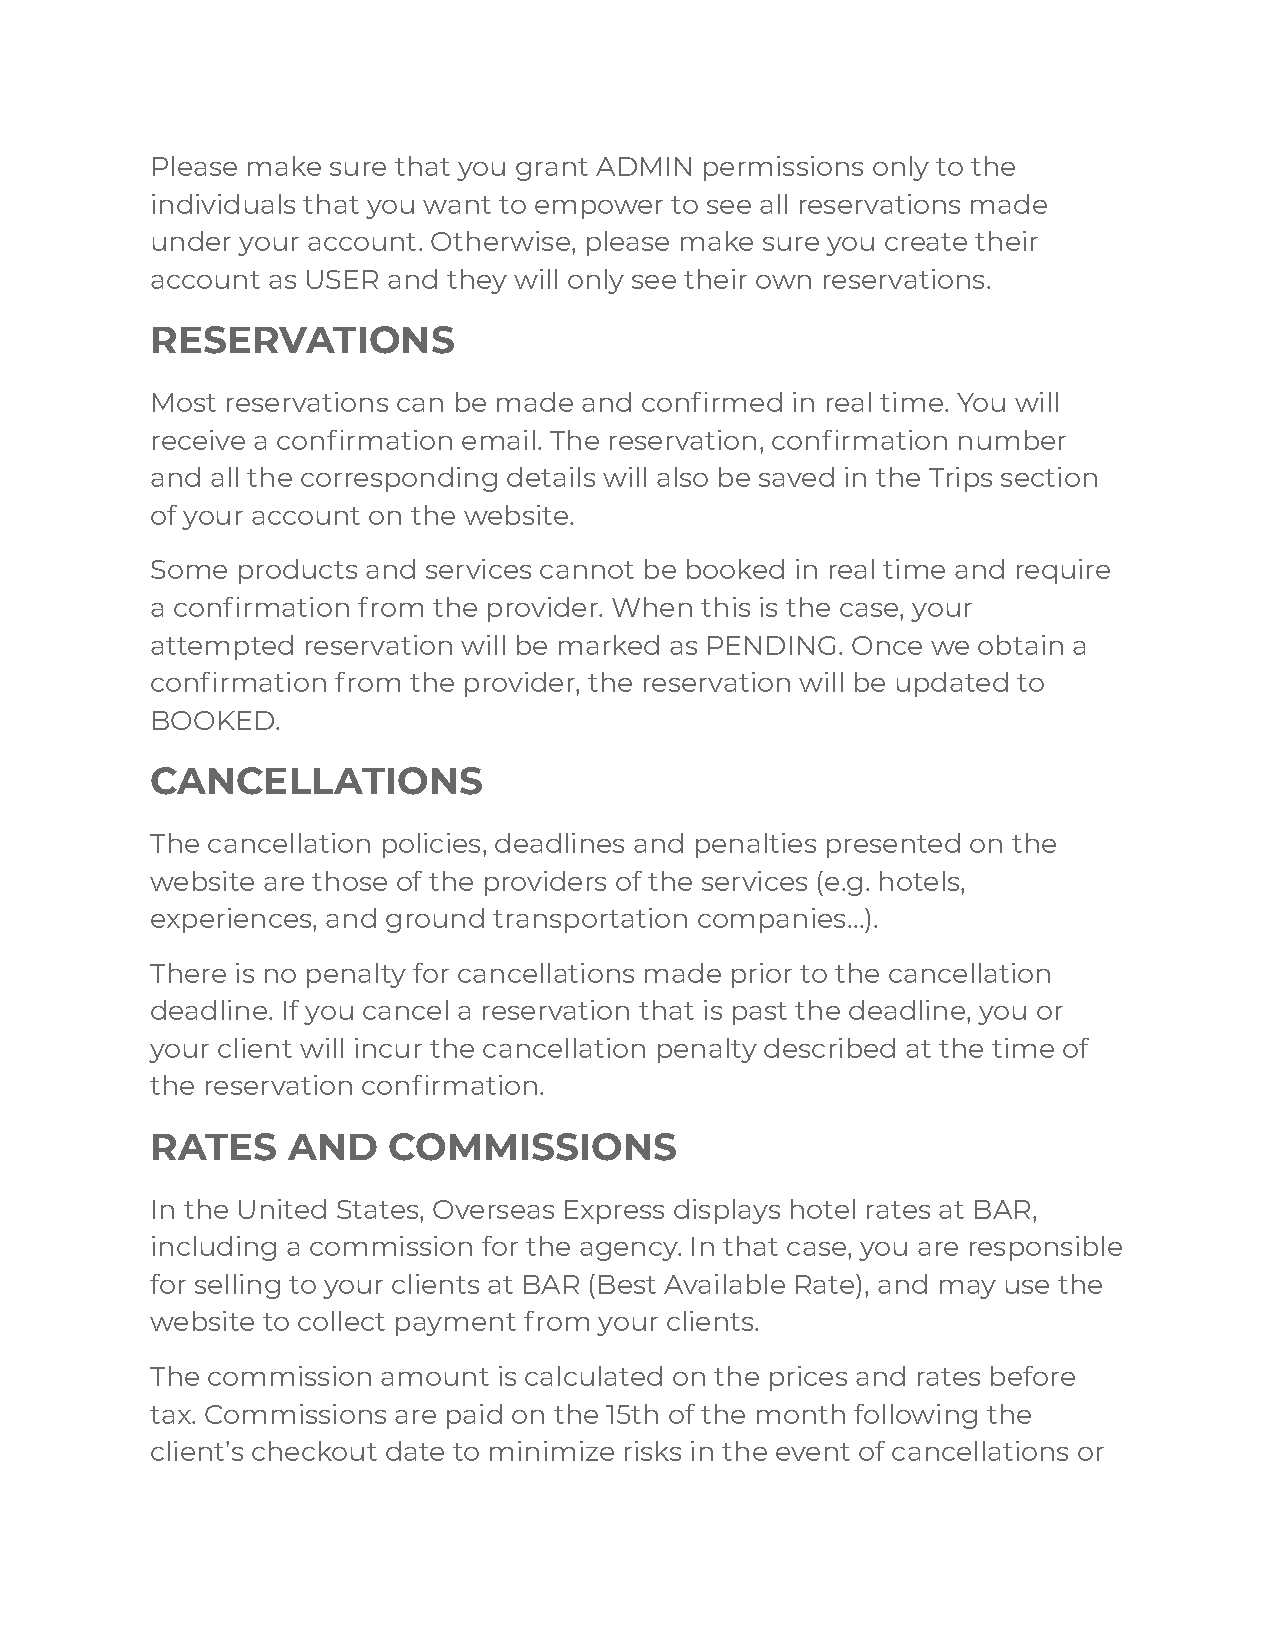
Please make sure that you grant ADMIN permissions only to the
 individuals that you want to empower to see all reservations made
 under your account. Otherwise, please make sure you create their
 account as USER and they will only see their own reservations.
 RESERVATIONS
 Most reservations can be made and confirmed in real time. You will
 receive a confirmation email. The reservation, confirmation number
 and all the corresponding details will also be saved in the Trips section
 of your account on the website.
 Some  products and services cannot be booked in real time and require
 a confirmation from the provider. When this is the case, your
 attempted reservation will be marked as PENDING. Once we obtain a
 confirmation from the provider, the reservation will be updated to
 BOOKED.
 CANCELLATIONS
 The cancellation policies, deadlines and penalties presented on the
 website are those of the providers of the services (e.g. hotels,
 experiences, and ground transportation companies…).
 There is no penalty for cancellations made prior to the cancellation
 deadline. If you cancel a reservation that is past the deadline, you or
 your client will incur the cancellation penalty described at the time of
 the reservation confirmation.
 RATES    AND    COMMISSIONS
 In the United States, Overseas Express displays hotel rates at BAR,
 including a commission for the agency. In that case, you are responsible
 for selling to your clients at BAR (Best Available Rate), and may use the
 website to collect payment from your clients.
 The commission amount  is calculated on the prices and rates before
 tax. Commissions are paid on the 15th of the month following the
 client’s checkout date to minimize risks in the event of cancellations or